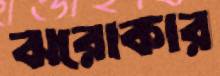
ঝরোকার